Indian journal of veterinary science and animal husbandry - Volumes 22-23, 1952-1953
Year: 1952
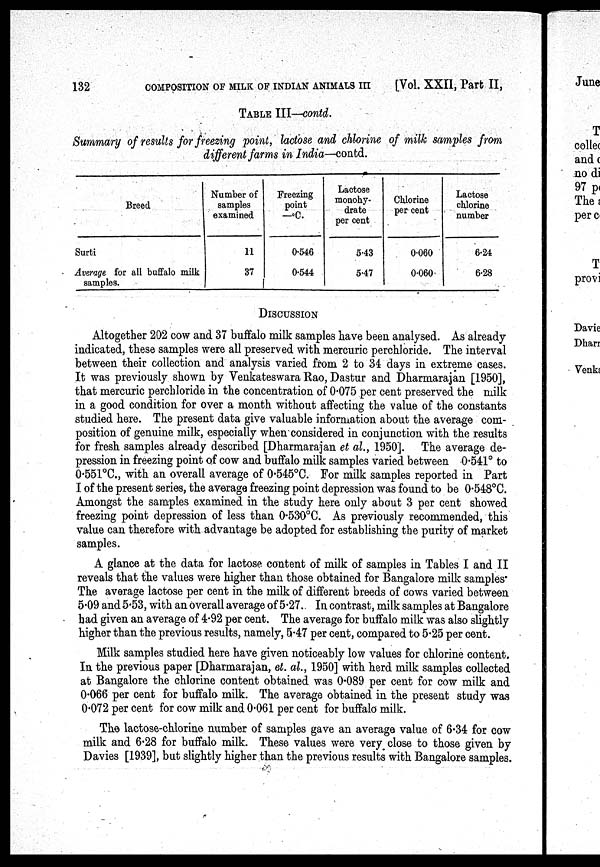
132
COMPOSITION OF MILK OF INDIAN ANIMALS III [Vol. XXII, Part II,
TABLE III—contd.
Summary of results for freezing point, lactose and chlorine of milk samples from
different farms in India—contd.
Breed
Surti
Average for all buffalo milk
samples.
Number of
samples
examined
11
37
Freezing
point
—ºC.
0.546
0.544
Lactose
monohy-
drate
per cent
5.43
5.47
Chlorine
per cent
0.060
0.060.
Lactose
chlorine
number
6.24
6.28
DISCUSSION
Altogether 202 cow and 37 buffalo milk samples have been analysed. As already
indicated, these samples were all preserved with mercuric perchloride. The interval
between their collection and analysis varied from 2 to 34 days in extreme cases.
It was previously shown by Venkateswara Rao, Dastur and Dharmarajan [1950],
that mercuric perchloride in the concentration of 0.075 per cent preserved the milk
in a good condition for over a month without affecting the value of the constants
studied here. The present data give valuable information about the average com-
position of genuine milk, especially when considered in conjunction with the results
for fresh samples already described [Dharmarajan et al., 1950]. The average de-
pression in freezing point of cow and buffalo milk samples varied between 0.541° to
0.551ºC., with an overall average of 0.545ºC. For milk samples reported in Part
I of the present series, the average freezing point depression was found to be 0.548ºC.
Amongst the samples examined in the study here only about 3 per cent showed
freezing point depression of less than 0.530°C. As previously recommended, this
value can therefore with advantage be adopted for establishing the purity of market
samples.
A glance at the data for lactose content of milk of samples in Tables I and II
reveals that the values were higher than those obtained for Bangalore milk samples
The average lactose per cent in the milk of different breeds of cows varied between
5.09 and 5.53, with an overall average of 5.27. In contrast, milk samples at Bangalore
had given an average of 4.92 per cent. The average for buffalo milk was also slightly
higher than the previous results, namely, 5.47 per cent, compared to 5.25 per cent.
Milk samples studied here have given noticeably low values for chlorine content.
In the previous paper [Dharmarajan, et. al., 1950] with herd milk samples collected
at Bangalore the chlorine content obtained was 0.089 per cent for cow milk and
0.066 per cent for buffalo milk. The average obtained in the present study was
0.072 per cent for cow milk and 0.061 per cent for buffalo milk.
The lactose-chlorine number of samples gave an average value of 6.34 for cow
milk and 6.28 for buffalo milk. These values were very close to those given by
Davies [1939], but slightly higher than the previous results with Bangalore samples.